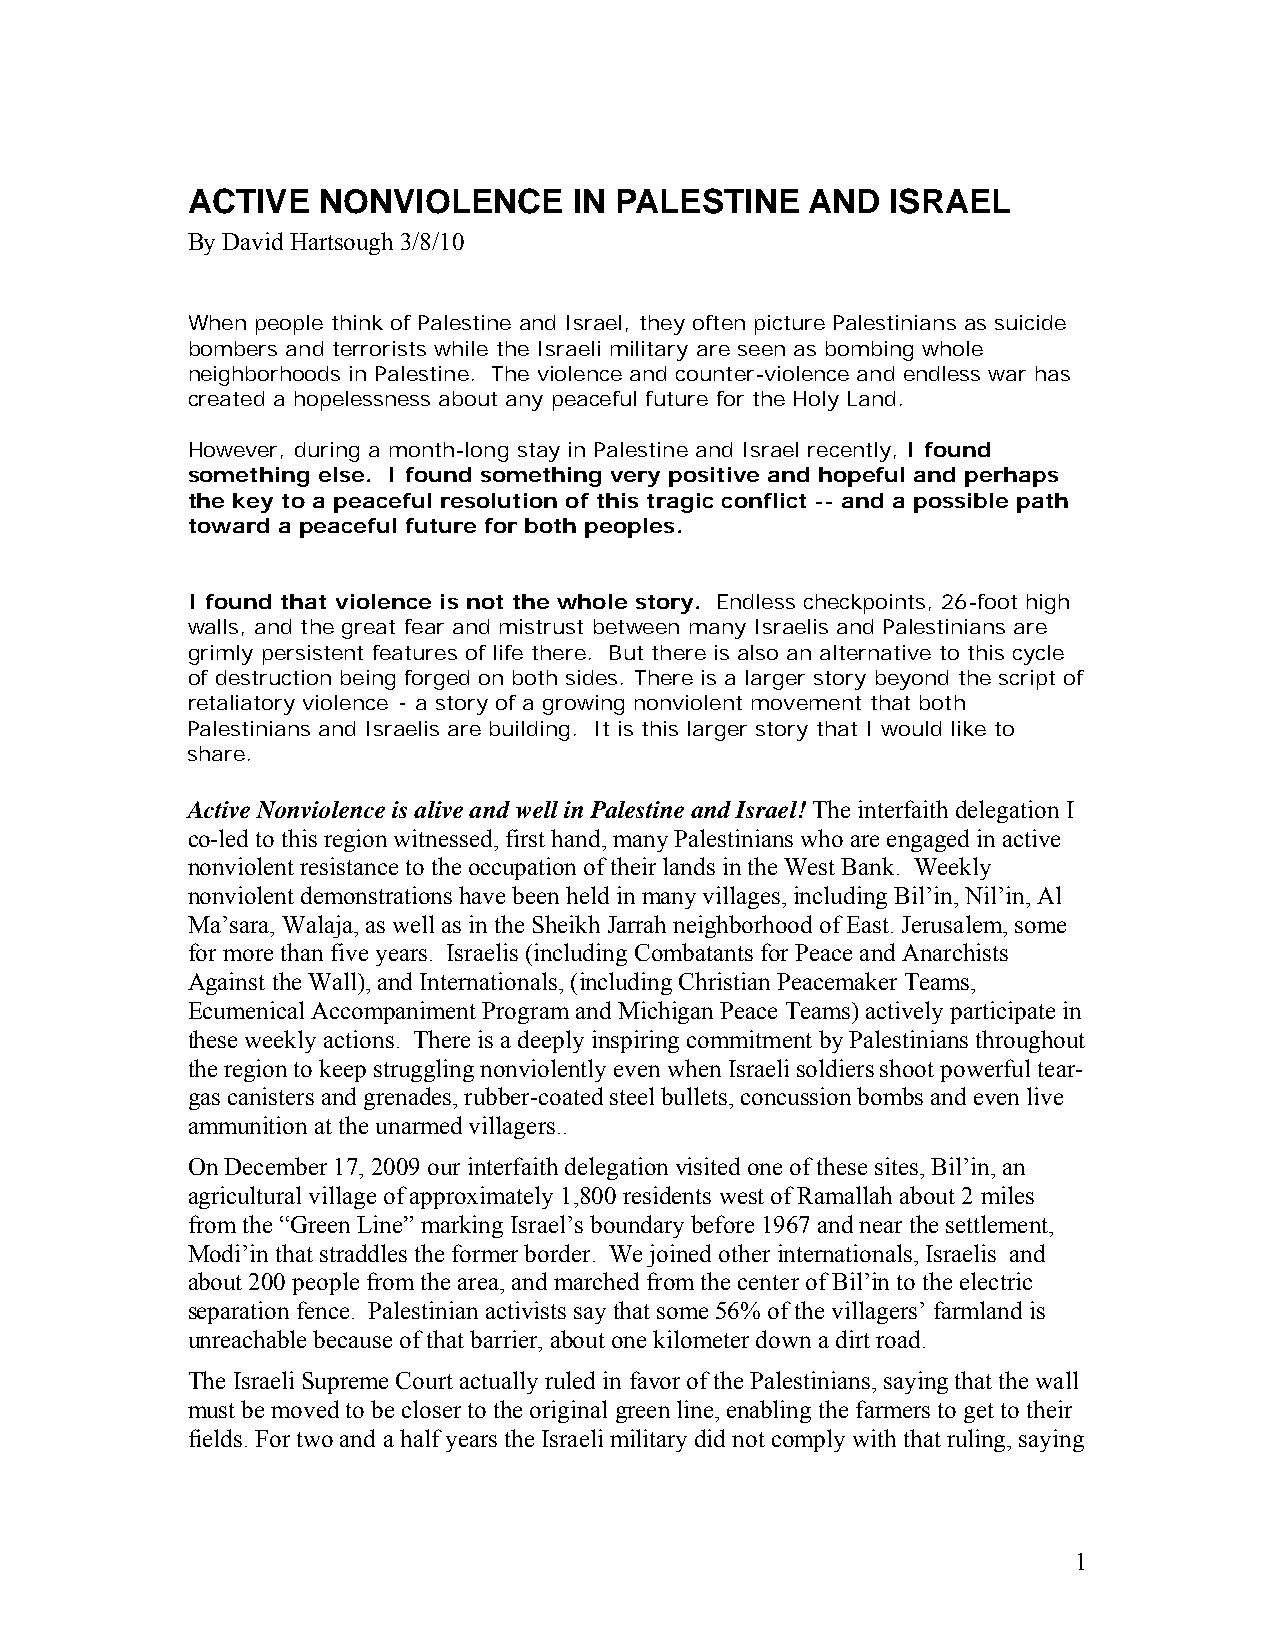
ACTIVE   NONVIOLENCE      IN PALESTINE   AND   ISRAEL
 By David Hartsough 3/8/10
 When people think of Palestine and Israel, they often picture Palestinians as suicide
 bombers and terrorists while the Israeli military are seen as bombing whole
 neighborhoods in Palestine. The violence and counter-violence and endless war has
 created a hopelessness about any peaceful future for the Holy Land.
 However, during a month-long stay in Palestine and Israel recently, I found
 something else. I found something very positive and hopeful and perhaps
 the key to a peaceful resolution of this tragic conflict -- and a possible path
 toward a peaceful future for both peoples.
 I found that violence is not the whole story. Endless checkpoints, 26-foot high
 walls, and the great fear and mistrust between many Israelis and Palestinians are
 grimly persistent features of life there. But there is also an alternative to this cycle
 of destruction being forged on both sides. There is a larger story beyond the script of
 retaliatory violence - a story of a growing nonviolent movement that both
 Palestinians and Israelis are building. It is this larger story that I would like to
 share.
 Active Nonviolence is alive and well in Palestine and Israel! The interfaith delegation I
 co-led to this region witnessed, first hand, many Palestinians who are engaged in active
 nonviolent resistance to the occupation of their lands in the West Bank. Weekly
 nonviolent demonstrations have been held in many villages, including Bil’in, Nil’in, Al
 Ma’sara, Walaja, as well as in the Sheikh Jarrah neighborhood of East. Jerusalem, some
 for more than five years. Israelis (including Combatants for Peace and Anarchists
 Against the Wall), and Internationals, (including Christian Peacemaker Teams,
 Ecumenical Accompaniment Program and Michigan Peace Teams) actively participate in
 these weekly actions. There is a deeply inspiring commitment by Palestinians throughout
 the region to keep struggling nonviolently even when Israeli soldiers shoot powerful tear-
 gas canisters and grenades, rubber-coated steel bullets, concussion bombs and even live
 ammunition at the unarmed villagers..
 On December 17, 2009 our interfaith delegation visited one of these sites, Bil’in, an
 agricultural village of approximately 1,800 residents west of Ramallah about 2 miles
 from the “Green Line” marking Israel’s boundary before 1967 and near the settlement,
 Modi’in that straddles the former border. We joined other internationals, Israelis and
 about 200 people from the area, and marched from the center of Bil’in to the electric
 separation fence. Palestinian activists say that some 56% of the villagers’ farmland is
 unreachable because of that barrier, about one kilometer down a dirt road.
 The Israeli Supreme Court actually ruled in favor of the Palestinians, saying that the wall
 must be moved to be closer to the original green line, enabling the farmers to get to their
 fields. For two and a half years the Israeli military did not comply with that ruling, saying
 1